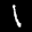
Label: 1